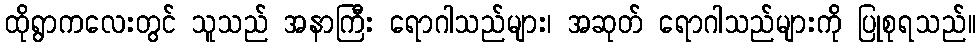
ထိုရွာကလေးတွင် သူသည် အနာကြီး ရောဂါသည်များ၊ အဆုတ် ရောဂါသည်များကို ပြုစုရသည်။